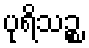
ပုရိသဉ္စ